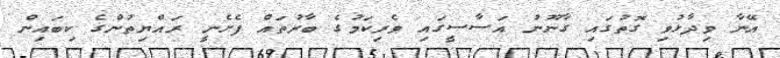
އޭނާ ވިދާޅުވި ގޮތުގައި ގާނޫނު އަސާސީގައި ވެރިކަމުގެ ބާރުތައް ފެށެނީ ރައްޔިތުންގެ ކިބައިން